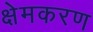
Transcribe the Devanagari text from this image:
क्षेमकरण